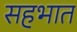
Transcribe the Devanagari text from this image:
सहभात